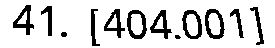
41. [404.001]